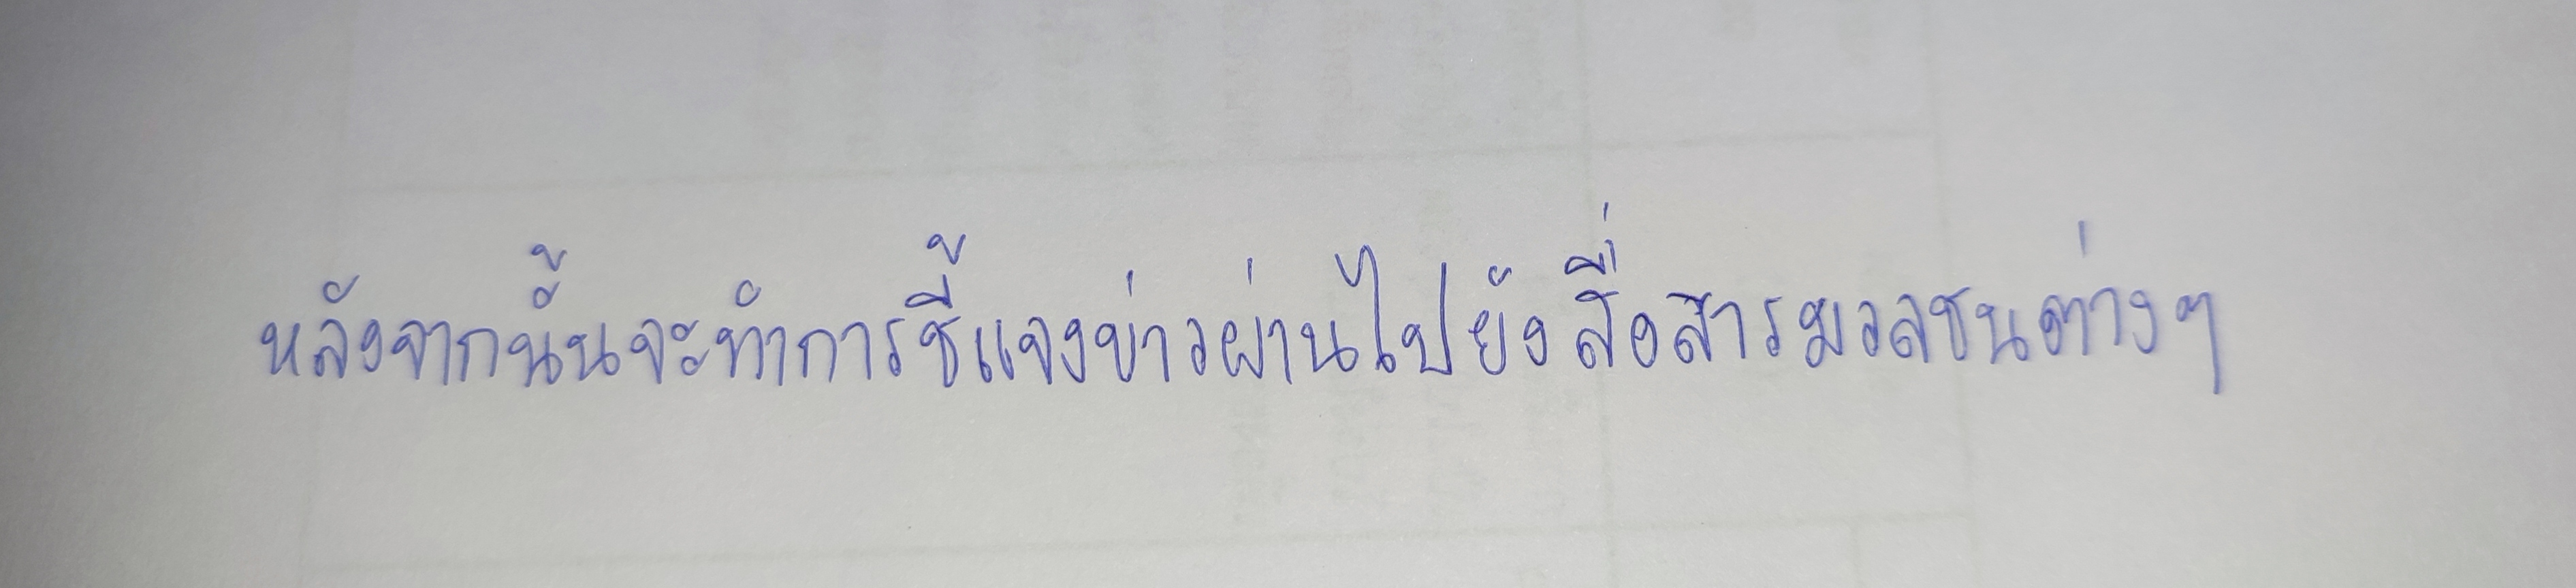
หลังจากนั้นจะทำการชี้แจงข่าวผ่านไปยังสื่อสารมวลชนต่างๆ